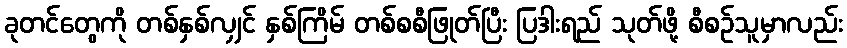
ခုတင်တွေကို တစ်နှစ်လျှင် နှစ်ကြိမ် တစ်စစီဖြုတ်ပြီး ပြဒါးရည် သုတ်ဖို့ စီစဉ်သူမှာလည်း